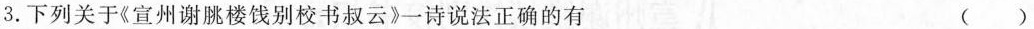
3.下列关于《宣州谢脁楼饯别校书叔云》一诗说法正确的有 ()